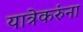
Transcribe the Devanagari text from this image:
यात्रेकरुंना